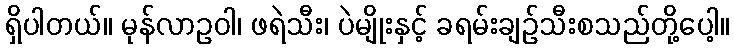
ရှိပါတယ်။ မုန်လာဥဝါ၊ ဖရဲသီး၊ ပဲမျိုးနှင့် ခရမ်းချဉ်သီးစသည်တို့ပေါ့။